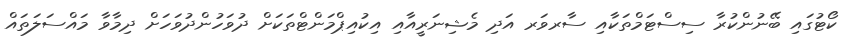
ކޯޓުގައި ބޭނުންކުރާ ސިސްޓަމްތަކާއި ސާރވަރ އަދި މެޝިނަރީއާއި އިކުއިޕްމަންޓްތަކަށް ދުވަހުންދުވަހަށް ދިމާވާ މައްސަލަތައް